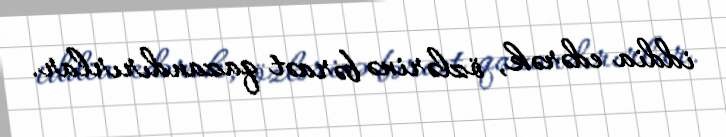
iddia edərək, özlərinə bəraət qazandırırlar.